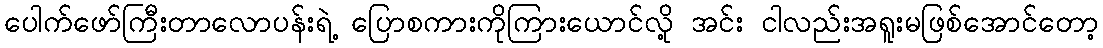
ပေါက်ဖော်ကြီးတာလောပန်းရဲ့ ပြောစကားကိုကြားယောင်လို့ အင်း ငါလည်းအရူးမဖြစ်အောင်တော့